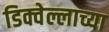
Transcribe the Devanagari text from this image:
डिक्वेल्लाच्या